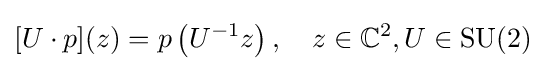
[U\cdot p](z)=p\left(U^{-1}z\right),\quad z\in \mathbb {C} ^{2},U\in \mathrm {SU} (2)